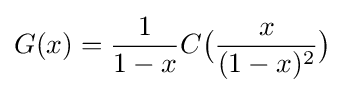
G(x)={\frac {1}{1-x}}C{\big (}{\frac {x}{(1-x)^{2}}}{\big )}